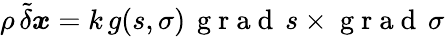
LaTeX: \rho\, \tilde{\delta}\boldsymbol{x}=k\, g(s,\sigma)\, \mathrm{~g~r~a~d~}\, s\times\mathrm{~g~r~a~d~}\, \sigma